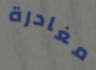
مغادرة